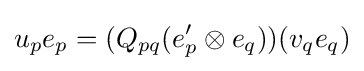
u_{p}e_{p}=(Q_{pq}(e'_{p}\otimes e_{q}))(v_{q}e_{q})